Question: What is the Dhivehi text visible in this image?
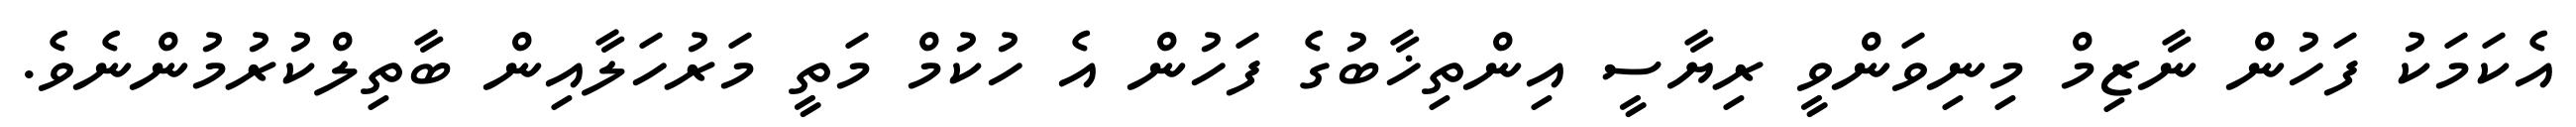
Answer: އެކަމަކު ފަހުން ނާޒިމް މިނިވަންވީ ރިޔާސީ އިންތިޚާބުގެ ފަހުން އެ ހުކުމް މަތީ މަރުހަލާއިން ބާތިލްކުރުމުންނެވެ.